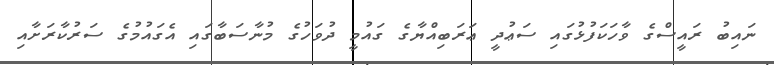
ނައިބު ރައީސްގެ ވާހަކަފުޅުގައި ސަޢުދީ ޢަރަބިއްޔާގެ ގައުމީ ދުވަހުގެ މުނާސަބާގައި އެގައުމުގެ ސަރުކާރަށާއި